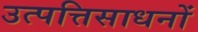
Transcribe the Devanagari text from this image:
उत्पत्तिसाधनों